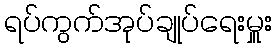
ရပ်ကွက်အုပ်ချုပ်ရေးမှူး